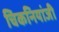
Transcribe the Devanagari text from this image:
चिकनियांजी